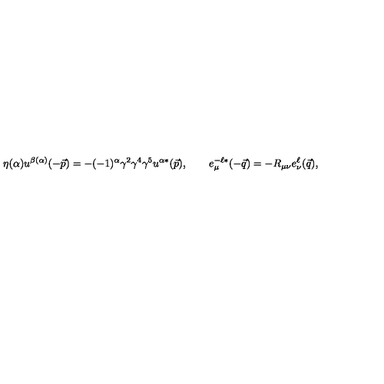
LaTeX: \eta ( \alpha ) u ^ { \beta ( \alpha ) } ( - \vec { p } ) = - ( - 1 ) ^ { \alpha } \gamma ^ { 2 } \gamma ^ { 4 } \gamma ^ { 5 } u ^ { \alpha * } ( \vec { p } ) , \qquad e _ { \mu } ^ { - \ell * } ( - \vec { q } ) = - R _ { \mu \nu } e _ { \nu } ^ { \ell } ( \vec { q } ) ,